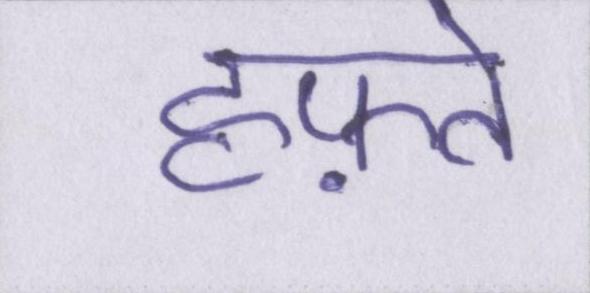
हफ़्ते